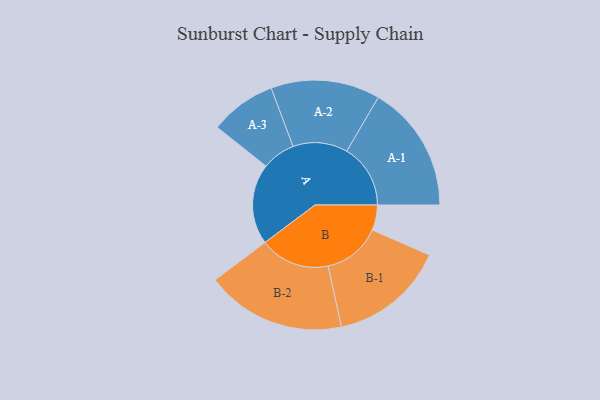
{"axis": {"x": "Segment", "y": "Value"}, "legend": ["", "A", "B"], "data": [{"x": "A", "y": 335, "type": ""}, {"x": "B", "y": 105, "type": ""}, {"x": "A-1", "y": 265, "type": "A"}, {"x": "A-2", "y": 227, "type": "A"}, {"x": "A-3", "y": 138, "type": "A"}, {"x": "B-1", "y": 241, "type": "B"}, {"x": "B-2", "y": 291, "type": "B"}]}